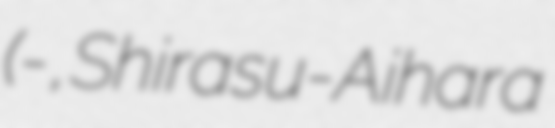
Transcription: (白須-相原 俊子, Shirasu-Aihara